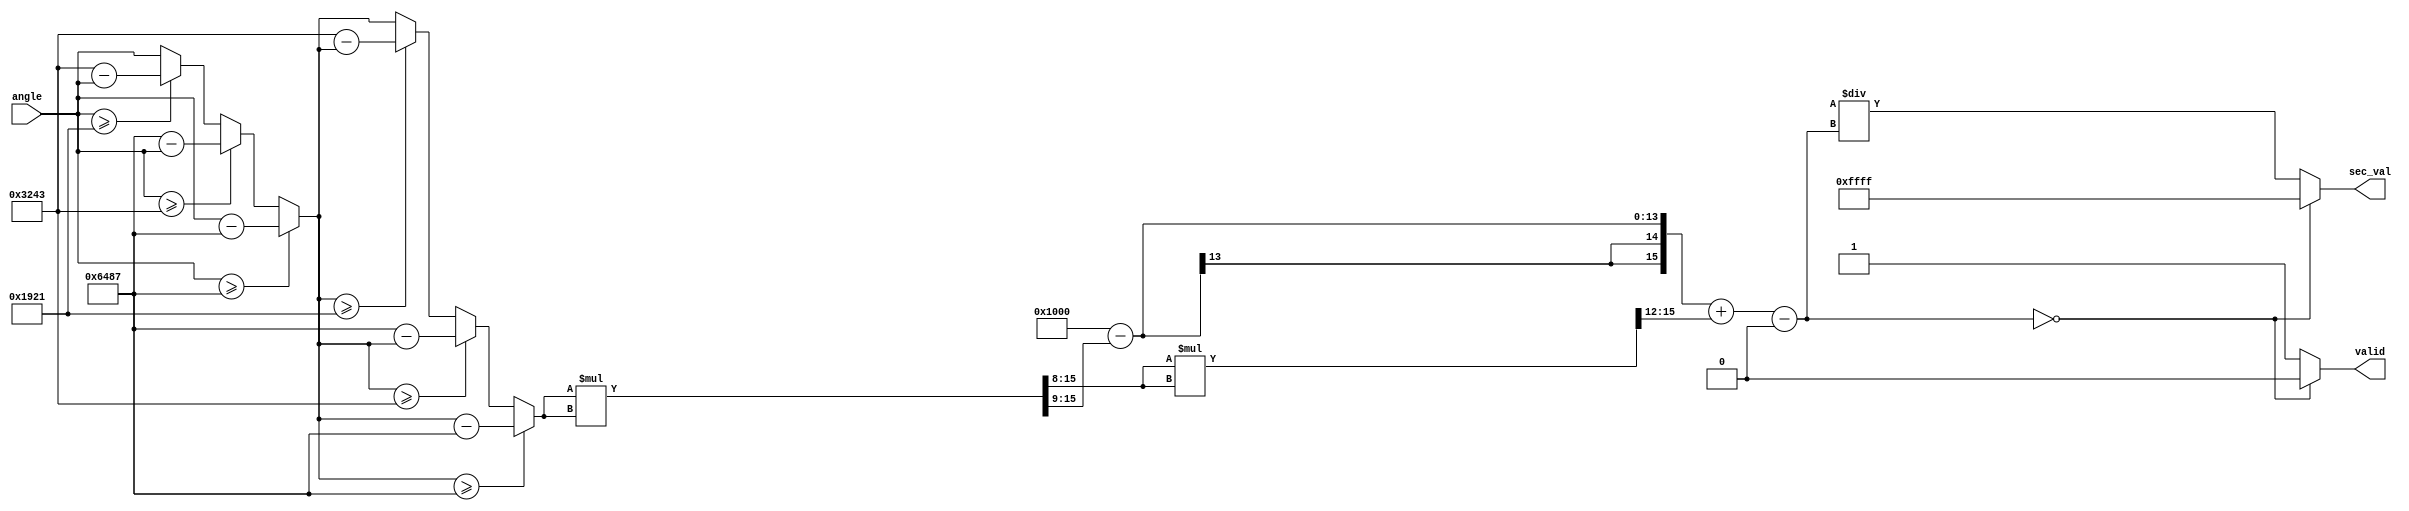
module secant_function (
    input [15:0] angle,        // Input angle in radians (fixed-point)
    output reg [15:0] sec_val, // Output secant value (fixed-point)
    output reg valid           // Output validity flag
);

// Constants
parameter PI = 16'h3243; // Approximate value of  (in fixed-point)
parameter TWO_PI = 16'h6487; // Approximate value of 2 (in fixed-point)

// Internal wire to store cosine result
wire [15:0] cos_val;
reg [15:0] normalized_angle;

// Cosine function approximation using Taylor series expansion
function [15:0] cosine;
    input [15:0] x;
    reg [15:0] x_squared;
    reg [15:0] term1, term2, term3, term4;
    begin
        // Normalize angle X to [0, 2PI]
        if (x >= TWO_PI) begin
            x = x - TWO_PI;
        end else if (x >= PI) begin
            x = TWO_PI - x;
        end else if (x >= (PI / 2)) begin
            x = PI - x;
        end
        
        // Taylor series: cos(x)  1 - x^2/2! + x^4/4! - x^6/6! + ...
        x_squared = (x * x) >> 8; // Scale down for fixed point
        term1 = 16'h1000; // 1 in fixed-point
        term2 = x_squared >> 1; // x^2 / 2
        
        // Continue for more terms to increase precision
        term3 = (x_squared * x_squared) >> 12; // x^4 / 4!
        term4 = (term3 * x_squared) >> 15; // x^6 / 6!
        
        cosine = term1 - term2 + term3 - term4;
    end
endfunction

// Calculate the secant
always @(*) begin
    // Normalize angle within [0, 2]
    if (angle >= TWO_PI) begin
        normalized_angle = angle - TWO_PI;
    end else if (angle >= PI) begin
        normalized_angle = TWO_PI - angle;
    end else if (angle >= (PI / 2)) begin
        normalized_angle = PI - angle;
    end else begin
        normalized_angle = angle;
    end

    // Calculate cosine of the normalized angle
    cos_val = cosine(normalized_angle);
    
    // Handle division by zero (undefined secant)
    if (cos_val == 16'h0) begin
        sec_val = 16'hFFFF; // Some predefined value to indicate undefined
        valid = 0; // Not valid
    end else begin
        sec_val = (16'h10000 / cos_val); // Fixed point reciprocal
        valid = 1; // Valid output
    end
end

endmodule